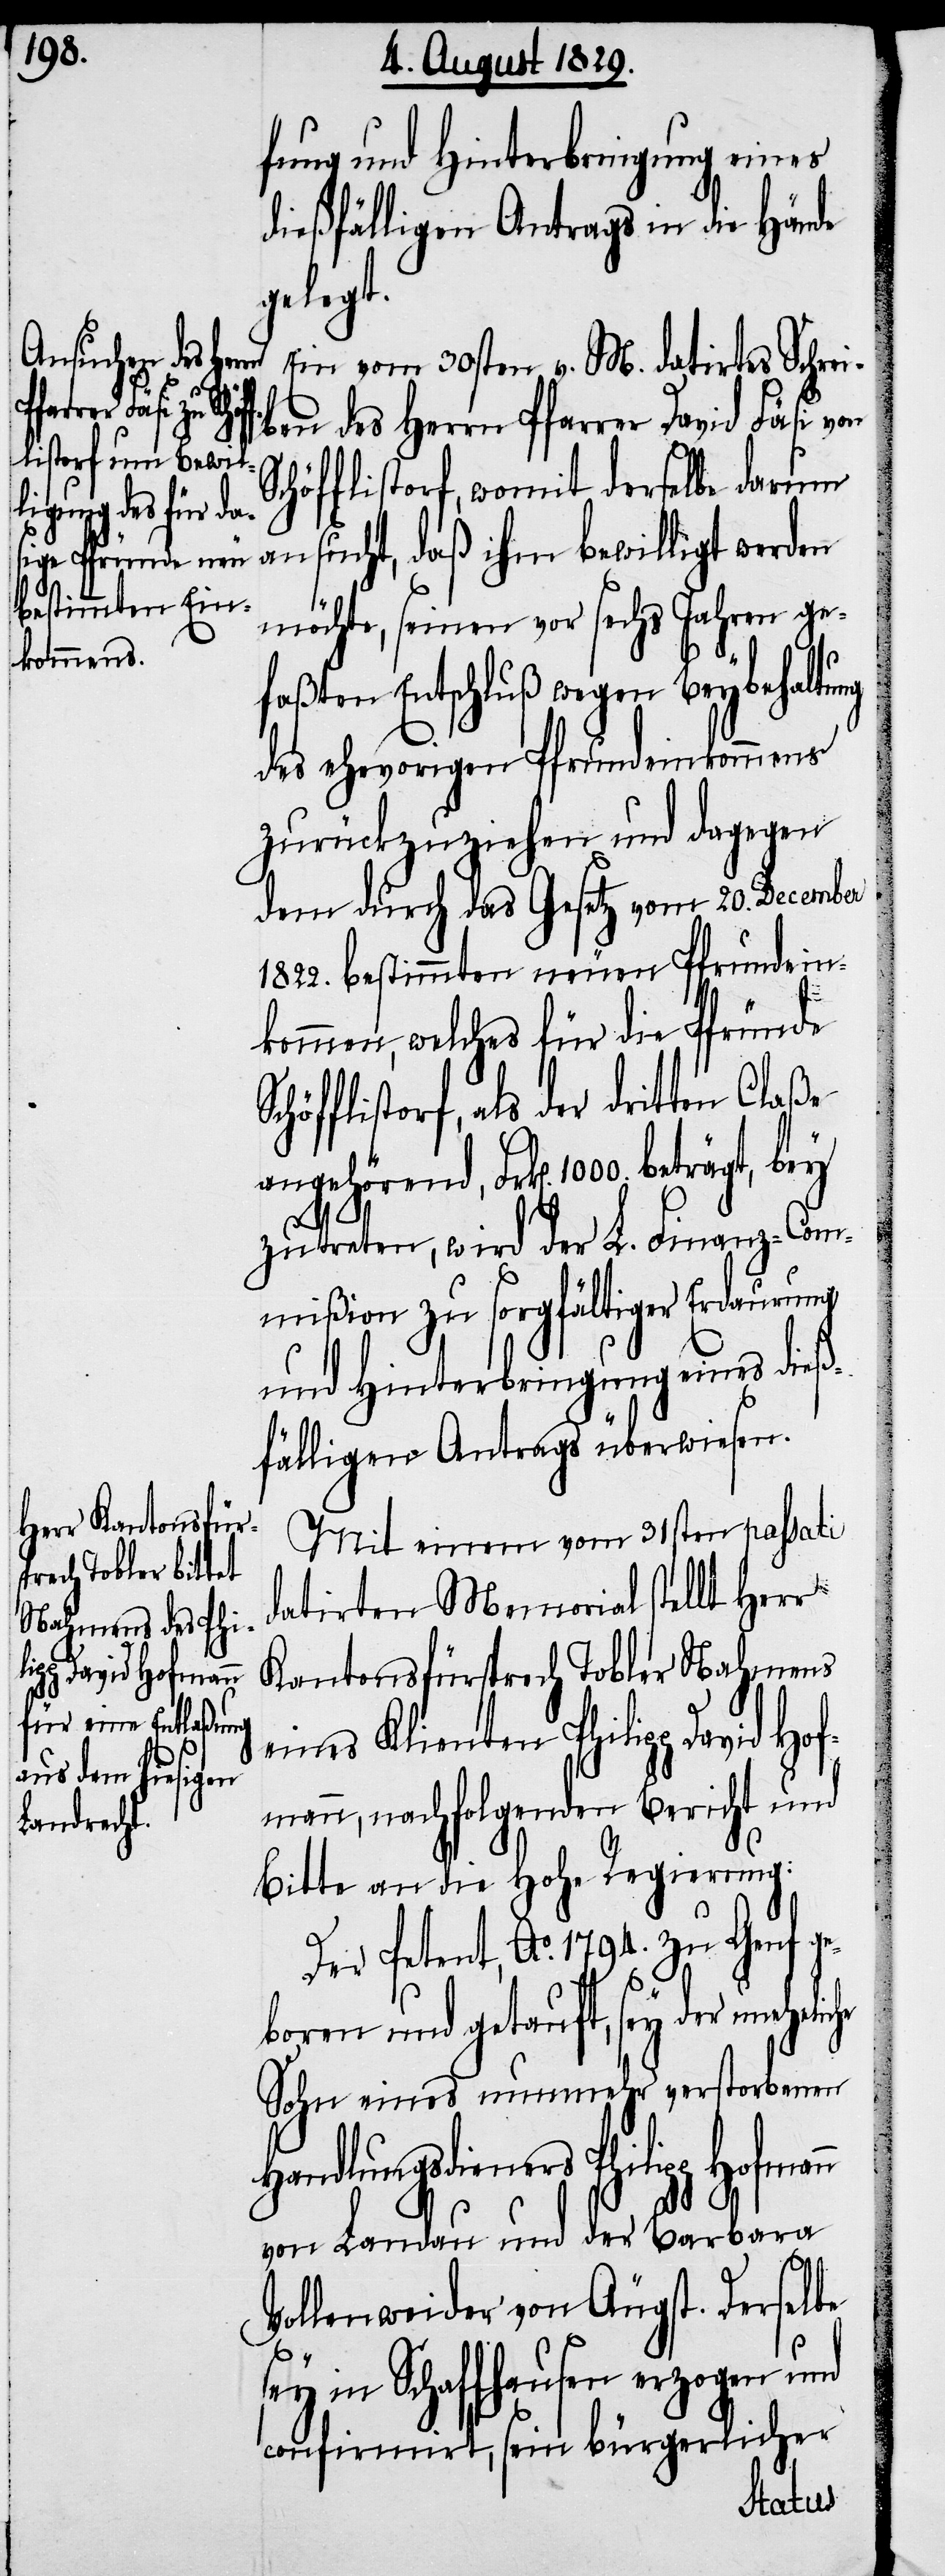
beträgt, bey¬

fung und Hinterbringung eines
dießfälligen Antrags in die Hände
gelegt.
Ein vom 30sten v. M. datirtes Schrei¬
ben des Herrn Pfarrer David Fäsi von
Schöfflistorf, womit derselbe darum
ansucht, daß ihm bewilligt werden
möchte, seinen vor sechs Jahren ge¬
faßten Entschluß wegen Beybehaltung
des ehevorigen Pfrundeinkommens
zurückzuziehen und dagegen
dem durch das Gesetz vom 20. December
1822. bestimmten neuen Pfrundein¬
kommen, welches für die Pfründe
Schöfflistorf, als der drit¬
angehörend, Frk[en].
zutreten, wird der L. Finanz-Com¬
mißion zu sorgfältiger Erdaurung
und Hinterbringung eines dieß¬
fälligen Antrages überwiesen.
Mit einem vom 31sten passati
datirten Memorial stellt Herr
Kantonsfürsprech Tobler Nahmens
eines Klienten Philipp David Ho¬
fmann, nachfolgenden Bericht und
Bitte an die Hohe Regierung:
Der Petent, Ao. 1794. zu Genf
eboren und getauft, sey der unehe¬
Sohn eines nunmehr verstorbenen
Handlungsdieners Philipp
von Landau und der Barbara
g¬
Vollenweider von Äugst. Derselbe
sey in Schaffhausen erzogen und
confirmirt, sein bürgerlicher
liche